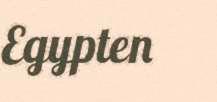
Egypten